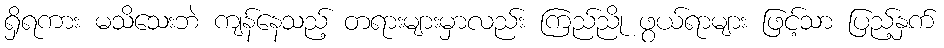
ရှိရကား မသိသေးဘဲ ကျန်နေသည့် တရားများမှာလည်း ကြည်ညို ဖွယ်ရာများ ဖြင့်သာ ပြည့်နှက်